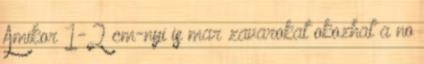
Amikor 1-2 cm-nyi is mar zavarokat okozhat a no